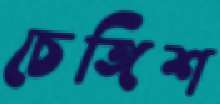
চেঙ্গিশ